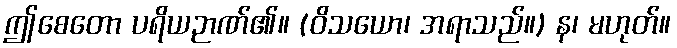
ဤစေတော ပရိယဉာဏ်၏။ (ဝိသယော၊ အရာသည်။) န၊ မဟုတ်။